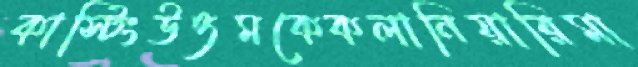
কাস্টিংউত্তমকেকলানিয়ারিমা